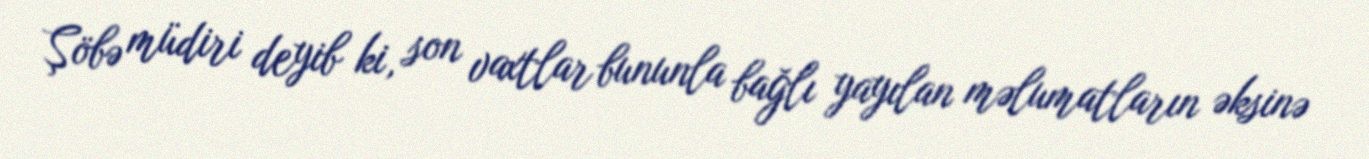
Şöbə müdiri deyib ki, son vaxtlar bununla bağlı yayılan məlumatların əksinə